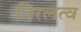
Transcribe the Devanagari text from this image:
विरलत्व